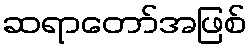
ဆရာတော်အဖြစ်